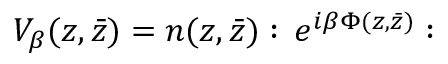
V _ { \beta } ( z , \bar { z } ) = n ( z , \bar { z } ) : \, e ^ { i \beta \Phi ( z , \bar { z } ) } :